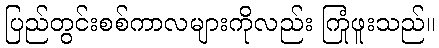
ပြည်တွင်းစစ်ကာလများကိုလည်း ကြုံဖူးသည်။